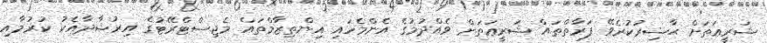
ޝަރީޢަތަށް ޙާޟިރުކުރެވޭ ފަރާތްތައް ޝަރީޢަތަށް ވެއްދުމުގެ އެންމެހައި އިންތިޒާމްތައް މެޖިސްޓްރޭޓުގެ އިރުޝާދާއެކު ކުރުމާއި